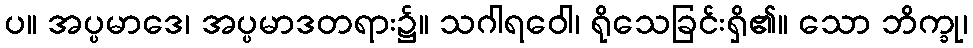
ပ။ အပ္ပမာဒေ၊ အပ္ပမာဒတရား၌။ သဂါရဝေါ၊ ရိုသေခြင်းရှိ၏။ သော ဘိက္ခု၊